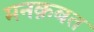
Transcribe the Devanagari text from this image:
मनक़बत